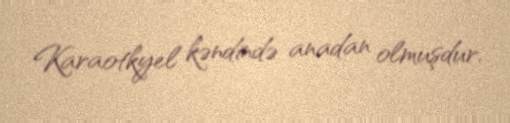
Karaotkyel kəndində anadan olmuşdur.